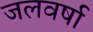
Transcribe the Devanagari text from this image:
जलवर्षा